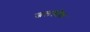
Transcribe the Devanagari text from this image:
जललोक